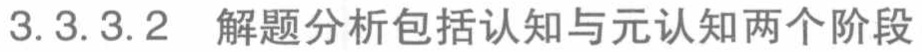
3.3.3.2 解题分析包括认知与元认知两个阶段